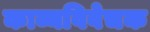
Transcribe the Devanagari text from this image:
काव्यविवेचक